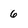
Character: 6